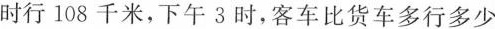
时行108千米，下午3时，客车比货车多行多少